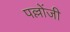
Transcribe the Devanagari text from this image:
पल्लोंजी